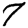
Digit: 7